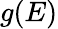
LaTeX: g(E)